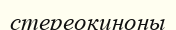
стереокиноны